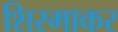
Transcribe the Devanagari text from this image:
शिरमाकर